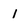
Character: 1